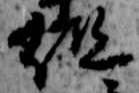
組